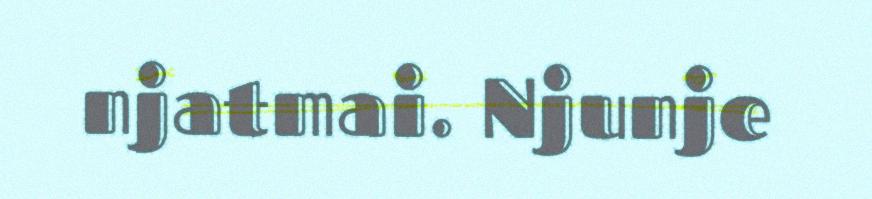
njatmai. Njunje